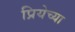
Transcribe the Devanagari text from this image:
प्रियेच्या